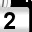
Digit: 2